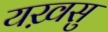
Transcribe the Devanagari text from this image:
यख़सु